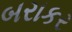
બરાકર